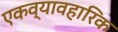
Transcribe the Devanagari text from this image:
एकव्यावहारिक